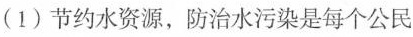
(1)节约水资源，防治水污染是每个公民